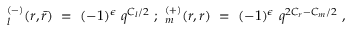
\l _ { l } ^ { ( - ) } ( r , \bar { r } ) ~ = ~ ( - 1 ) ^ { \epsilon } ~ q ^ { C _ { l } / 2 } ~ ; ~ \l _ { m } ^ { ( + ) } ( r , r ) ~ = ~ ( - 1 ) ^ { \epsilon } ~ q ^ { 2 C _ { r } - C _ { m } / 2 } ~ ,